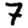
Digit: 7